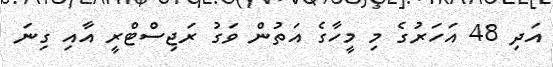
އަދި 48 އަހަރުގެ މި މީހާގެ އަތުން ވަގު ރަޖިސްޓްރީ އާއި ގިނަ